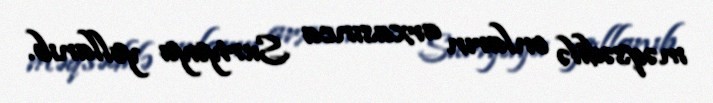
məqsədilə onların arxasınca Suriyaya yollanıb.